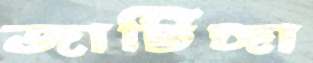
জাটিঙ্গা